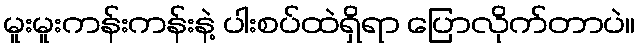
မူးမူးကန်းကန်းနဲ့ ပါးစပ်ထဲရှိရာ ပြောလိုက်တာပဲ။